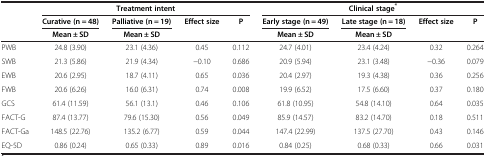
<table><thead><tr><td><b> </b></td><td colspan="4"><b>Treatment intent</b></td><td colspan="4"><b>Clinical stage<sup>*</sup></b></td></tr><tr><td><b> </b></td><td><b>Curative (n = 48)</b></td><td><b>Palliative (n = 19)</b></td><td><b>Effect size</b></td><td><b>P</b></td><td><b>Early stage (n = 49)</b></td><td><b>Late stage (n = 18)</b></td><td><b>Effect size</b></td><td><b>P</b></td></tr><tr><td><b> </b></td><td><b>Mean ± SD</b></td><td><b>Mean ± SD</b></td><td><b> </b></td><td><b> </b></td><td><b>Mean ± SD</b></td><td><b>Mean ± SD</b></td><td><b> </b></td><td><b> </b></td></tr></thead><tbody><tr><td>PWB</td><td>24.8 (3.90)</td><td>23.1 (4.36)</td><td>0.45</td><td>0.112</td><td>24.7 (4.01)</td><td>23.4 (4.24)</td><td>0.32</td><td>0.264</td></tr><tr><td>SWB</td><td>21.3 (5.86)</td><td>21.9 (4.34)</td><td>−0.10</td><td>0.686</td><td>20.9 (5.94)</td><td>23.1 (3.48)</td><td>−0.36</td><td>0.079</td></tr><tr><td>EWB</td><td>20.6 (2.95)</td><td>18.7 (4.11)</td><td>0.65</td><td>0.036</td><td>20.4 (2.97)</td><td>19.3 (4.38)</td><td>0.36</td><td>0.256</td></tr><tr><td>FWB</td><td>20.6 (6.26)</td><td>16.0 (6.31)</td><td>0.74</td><td>0.008</td><td>19.9 (6.52)</td><td>17.5 (6.60)</td><td>0.37</td><td>0.180</td></tr><tr><td>GCS</td><td>61.4 (11.59)</td><td>56.1 (13.1)</td><td>0.46</td><td>0.106</td><td>61.8 (10.95)</td><td>54.8 (14.10)</td><td>0.64</td><td>0.035</td></tr><tr><td>FACT-G</td><td>87.4 (13.77)</td><td>79.6 (15.30)</td><td>0.56</td><td>0.049</td><td>85.9 (14.57)</td><td>83.2 (14.70)</td><td>0.18</td><td>0.511</td></tr><tr><td>FACT-Ga</td><td>148.5 (22.76)</td><td>135.2 (6.77)</td><td>0.59</td><td>0.044</td><td>147.4 (22.99)</td><td>137.5 (27.70)</td><td>0.43</td><td>0.146</td></tr><tr><td>EQ-5D</td><td>0.86 (0.24)</td><td>0.65 (0.33)</td><td>0.89</td><td>0.016</td><td>0.84 (0.25)</td><td>0.68 (0.33)</td><td>0.66</td><td>0.031</td></tr></tbody></table>